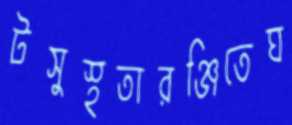
টসুস্থতারঞ্জিতেঘ